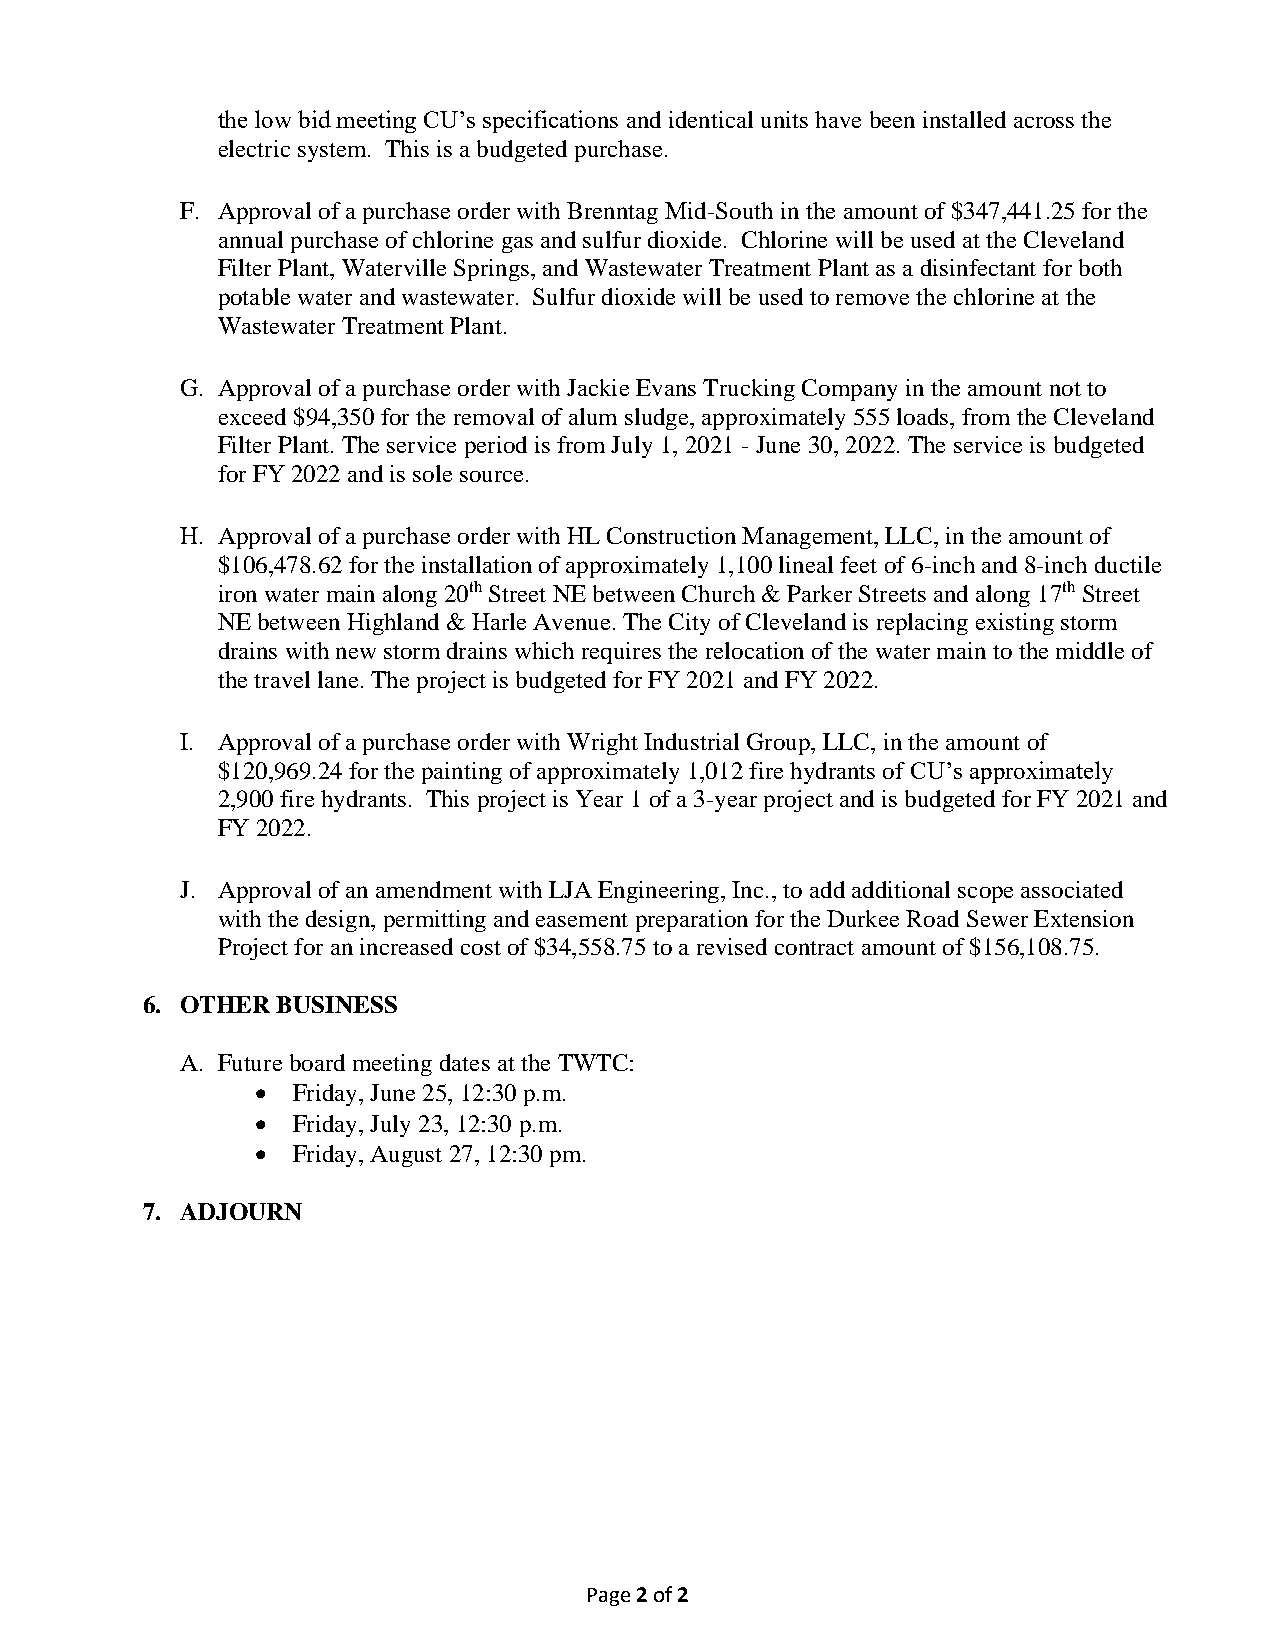
the low bid meeting CU’s specifications and identical units have been installed across the
 electric system. This is a budgeted purchase.
 F. Approval of a purchase order with Brenntag Mid-South in the amount of $347,441.25 for the
 annual purchase of chlorine gas and sulfur dioxide. Chlorine will be used at the Cleveland
 Filter Plant, Waterville Springs, and Wastewater Treatment Plant as a disinfectant for both
 potable water and wastewater. Sulfur dioxide will be used to remove the chlorine at the
 Wastewater Treatment Plant.
 G. Approval of a purchase order with Jackie Evans Trucking Company in the amount not to
 exceed $94,350 for the removal of alum sludge, approximately 555 loads, from the Cleveland
 Filter Plant. The service period is from July 1, 2021 - June 30, 2022. The service is budgeted
 for FY 2022 and is sole source.
 H. Approval of a purchase order with HL Construction Management, LLC, in the amount of
 $106,478.62 for the installation of approximately 1,100 lineal feet of 6-inch and 8-inch ductile
 iron water main along 20th Street NE between Church & Parker Streets and along 17th Street
 NE between Highland & Harle Avenue. The City of Cleveland is replacing existing storm
 drains with new storm drains which requires the relocation of the water main to the middle of
 the travel lane. The project is budgeted for FY 2021 and FY 2022.
 I. Approval of a purchase order with Wright Industrial Group, LLC, in the amount of
 $120,969.24 for the painting of approximately 1,012 fire hydrants of CU’s approximately
 2,900 fire hydrants. This project is Year 1 of a 3-year project and is budgeted for FY 2021 and
 FY 2022.
 J. Approval of an amendment with LJA Engineering, Inc., to add additional scope associated
 with the design, permitting and easement preparation for the Durkee Road Sewer Extension
 Project for an increased cost of $34,558.75 to a revised contract amount of $156,108.75.
 6. OTHER BUSINESS
 A. Future board meeting dates at the TWTC:
 • Friday, June 25, 12:30 p.m.
 • Friday, July 23, 12:30 p.m.
 • Friday, August 27, 12:30 pm.
 7. ADJOURN
 Page 2 of 2